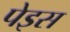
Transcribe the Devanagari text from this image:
पेइस